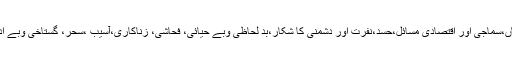
جیسے معاشی بد حالی،ذہنی وجسمانی بیماریاں،سماجی اور اقتصادی مسائل،حسد،نفرت اور دشمنی کا شکار،بد لحاظی وبے حیائی، فحاشی، زناکاری،آسیب ،سحر، گستاخی وبے ادبی، وراثتی اختلافات اور قانون شکنی وغیرہ۔